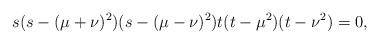
\begin{align*} s(s-(\mu+\nu)^2)(s-(\mu-\nu)^2)t(t-\mu^2)(t-\nu^2)=0,\end{align*}